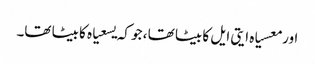
اور معسیاہ ایتی ایل کا بیٹا تھا ، جو کہ یسعیاہ کا بیٹا تھا۔